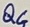
Text: Q4